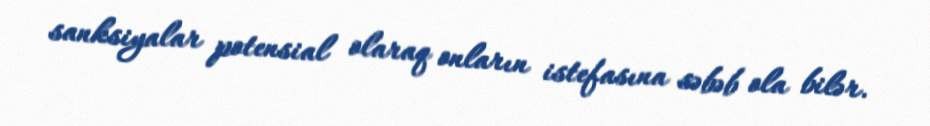
sanksiyalar potensial olaraq onların istefasına səbəb ola bilər.